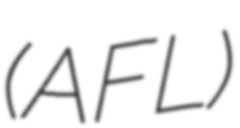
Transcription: (AFL)